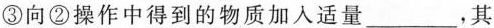
③向②操作中得到的物质加入适量___，其